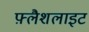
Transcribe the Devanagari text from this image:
फ़्लैशलाइट